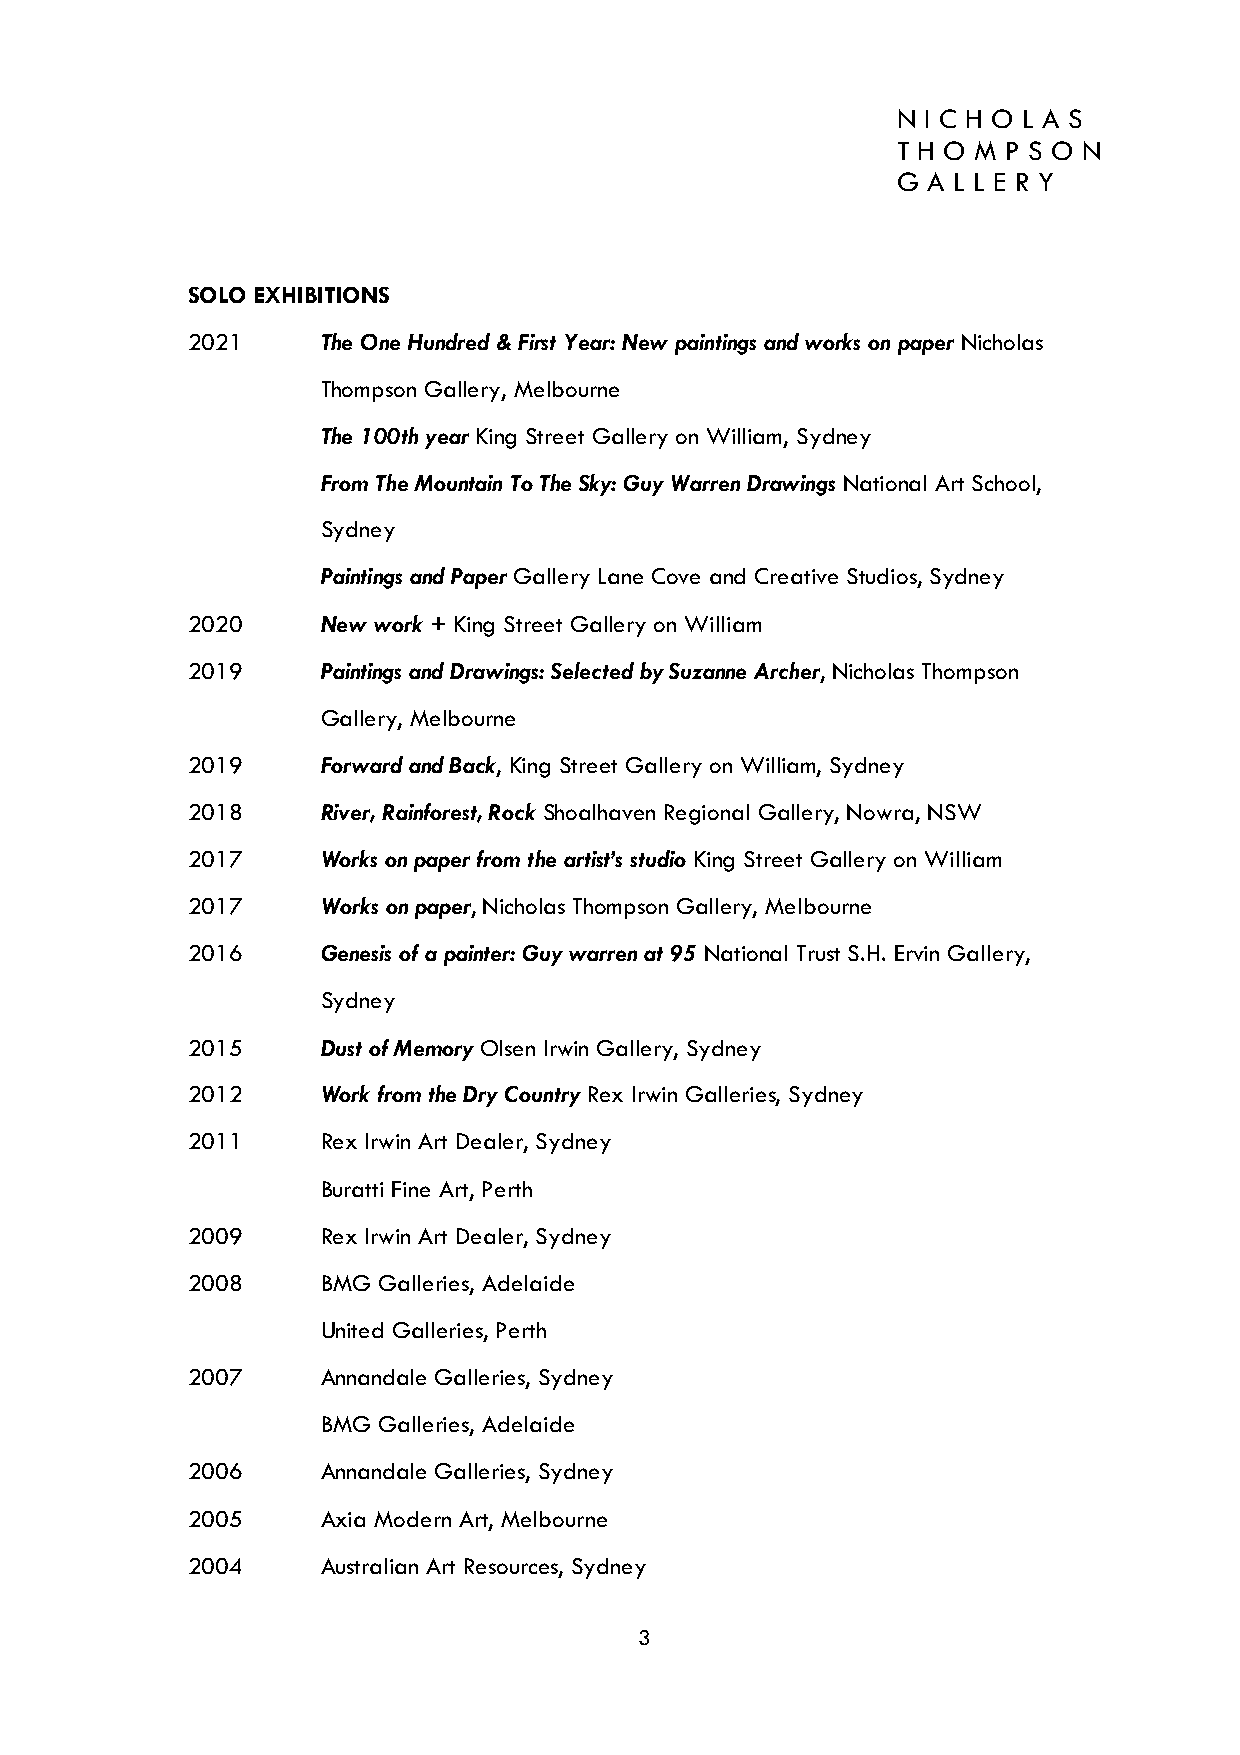
N I C H O L A S
 T H O M P S O N
 G A L L E R Y
 SOLO EXHIBITIONS
 2021     The One Hundred & First Year: New paintings and works on paper Nicholas
 Thompson Gallery, Melbourne
 The 100th year King Street Gallery on William, Sydney
 From The Mountain To The Sky: Guy Warren Drawings National Art School,
 Sydney
 Paintings and Paper Gallery Lane Cove and Creative Studios, Sydney
 2020     New work + King Street Gallery on William
 2019     Paintings and Drawings: Selected by Suzanne Archer, Nicholas Thompson
 Gallery, Melbourne
 2019     Forward and Back, King Street Gallery on William, Sydney
 2018     River, Rainforest, Rock Shoalhaven Regional Gallery, Nowra, NSW
 2017     Works on paper from the artist’s studio King Street Gallery on William
 2017     Works on paper, Nicholas Thompson Gallery, Melbourne
 2016     Genesis of a painter: Guy warren at 95 National Trust S.H. Ervin Gallery,
 Sydney
 2015     Dust of Memory Olsen Irwin Gallery, Sydney
 2012     Work from the Dry Country Rex Irwin Galleries, Sydney
 2011     Rex Irwin Art Dealer, Sydney
 Buratti Fine Art, Perth
 2009     Rex Irwin Art Dealer, Sydney
 2008     BMG Galleries, Adelaide
 United Galleries, Perth
 2007     Annandale Galleries, Sydney
 BMG Galleries, Adelaide
 2006     Annandale Galleries, Sydney
 2005     Axia Modern Art, Melbourne
 2004     Australian Art Resources, Sydney
 3